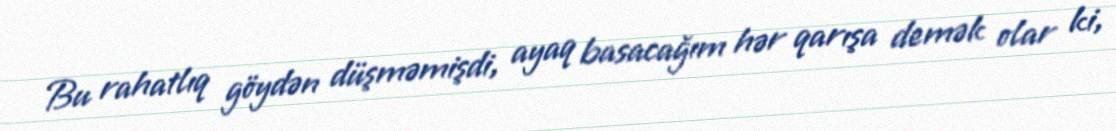
Bu rahatlıq göydən düşməmişdi, ayaq basacağım hər qarışa demək olar ki,